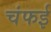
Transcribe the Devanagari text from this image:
चंफई